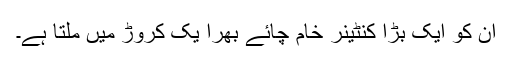
ان کو ایک بڑا کنٹینر خام چائے بھرا یک کروڑ میں ملتا ہے۔